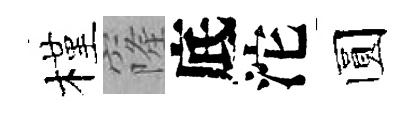
槿窿底沱圆